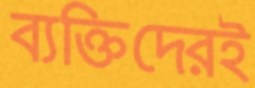
ব্যক্তিদেরই